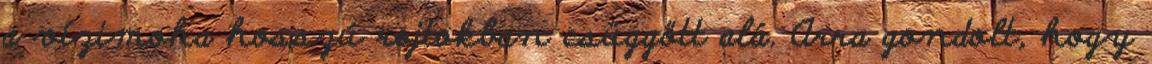
a vízimoha hosszú rojtokban csüggött alá. Arra gondolt, hogy